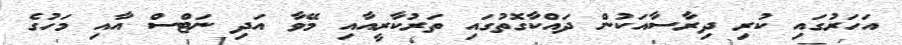
އަހަރުގައި ކުރި ދިރާސާއަކުން ދައްކާގޮތުގައި ތަރުކާރީއާއި މޭވާ އަދި ނަޓްސް އާއި މަހުގެ